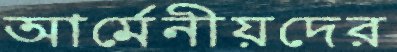
আর্মেনীয়দের